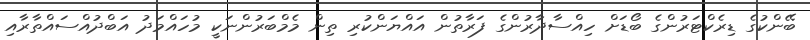
ބޭންކުގެ ޑިރެކްޓަރުންގެ ބޯޑަށް ހިއްސާދާރުންގެ ފަރާތުން އައްޔަންކުރި ތިން މެމްބަރުންނަކީ މުހައްމަދު އަބްދުއްސައްތާރާއި